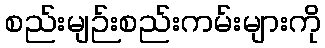
စည်းမျဉ်းစည်းကမ်းများကို